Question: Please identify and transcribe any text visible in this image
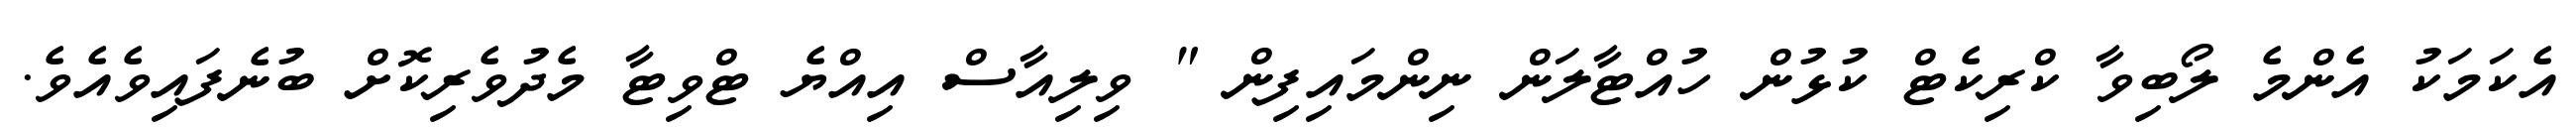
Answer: އެކަމަކު އެންމެ ލޯބިވާ ކްރިކެޓް ކުޅުން ހުއްޓާލަން ނިންމައިފިން " ވިލިއާސް އިއްޔެ ޓްވިޓާ މެދުވެރިކޮށް ބުނެފައިވެއެވެ.